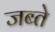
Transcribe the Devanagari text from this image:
जब्ते